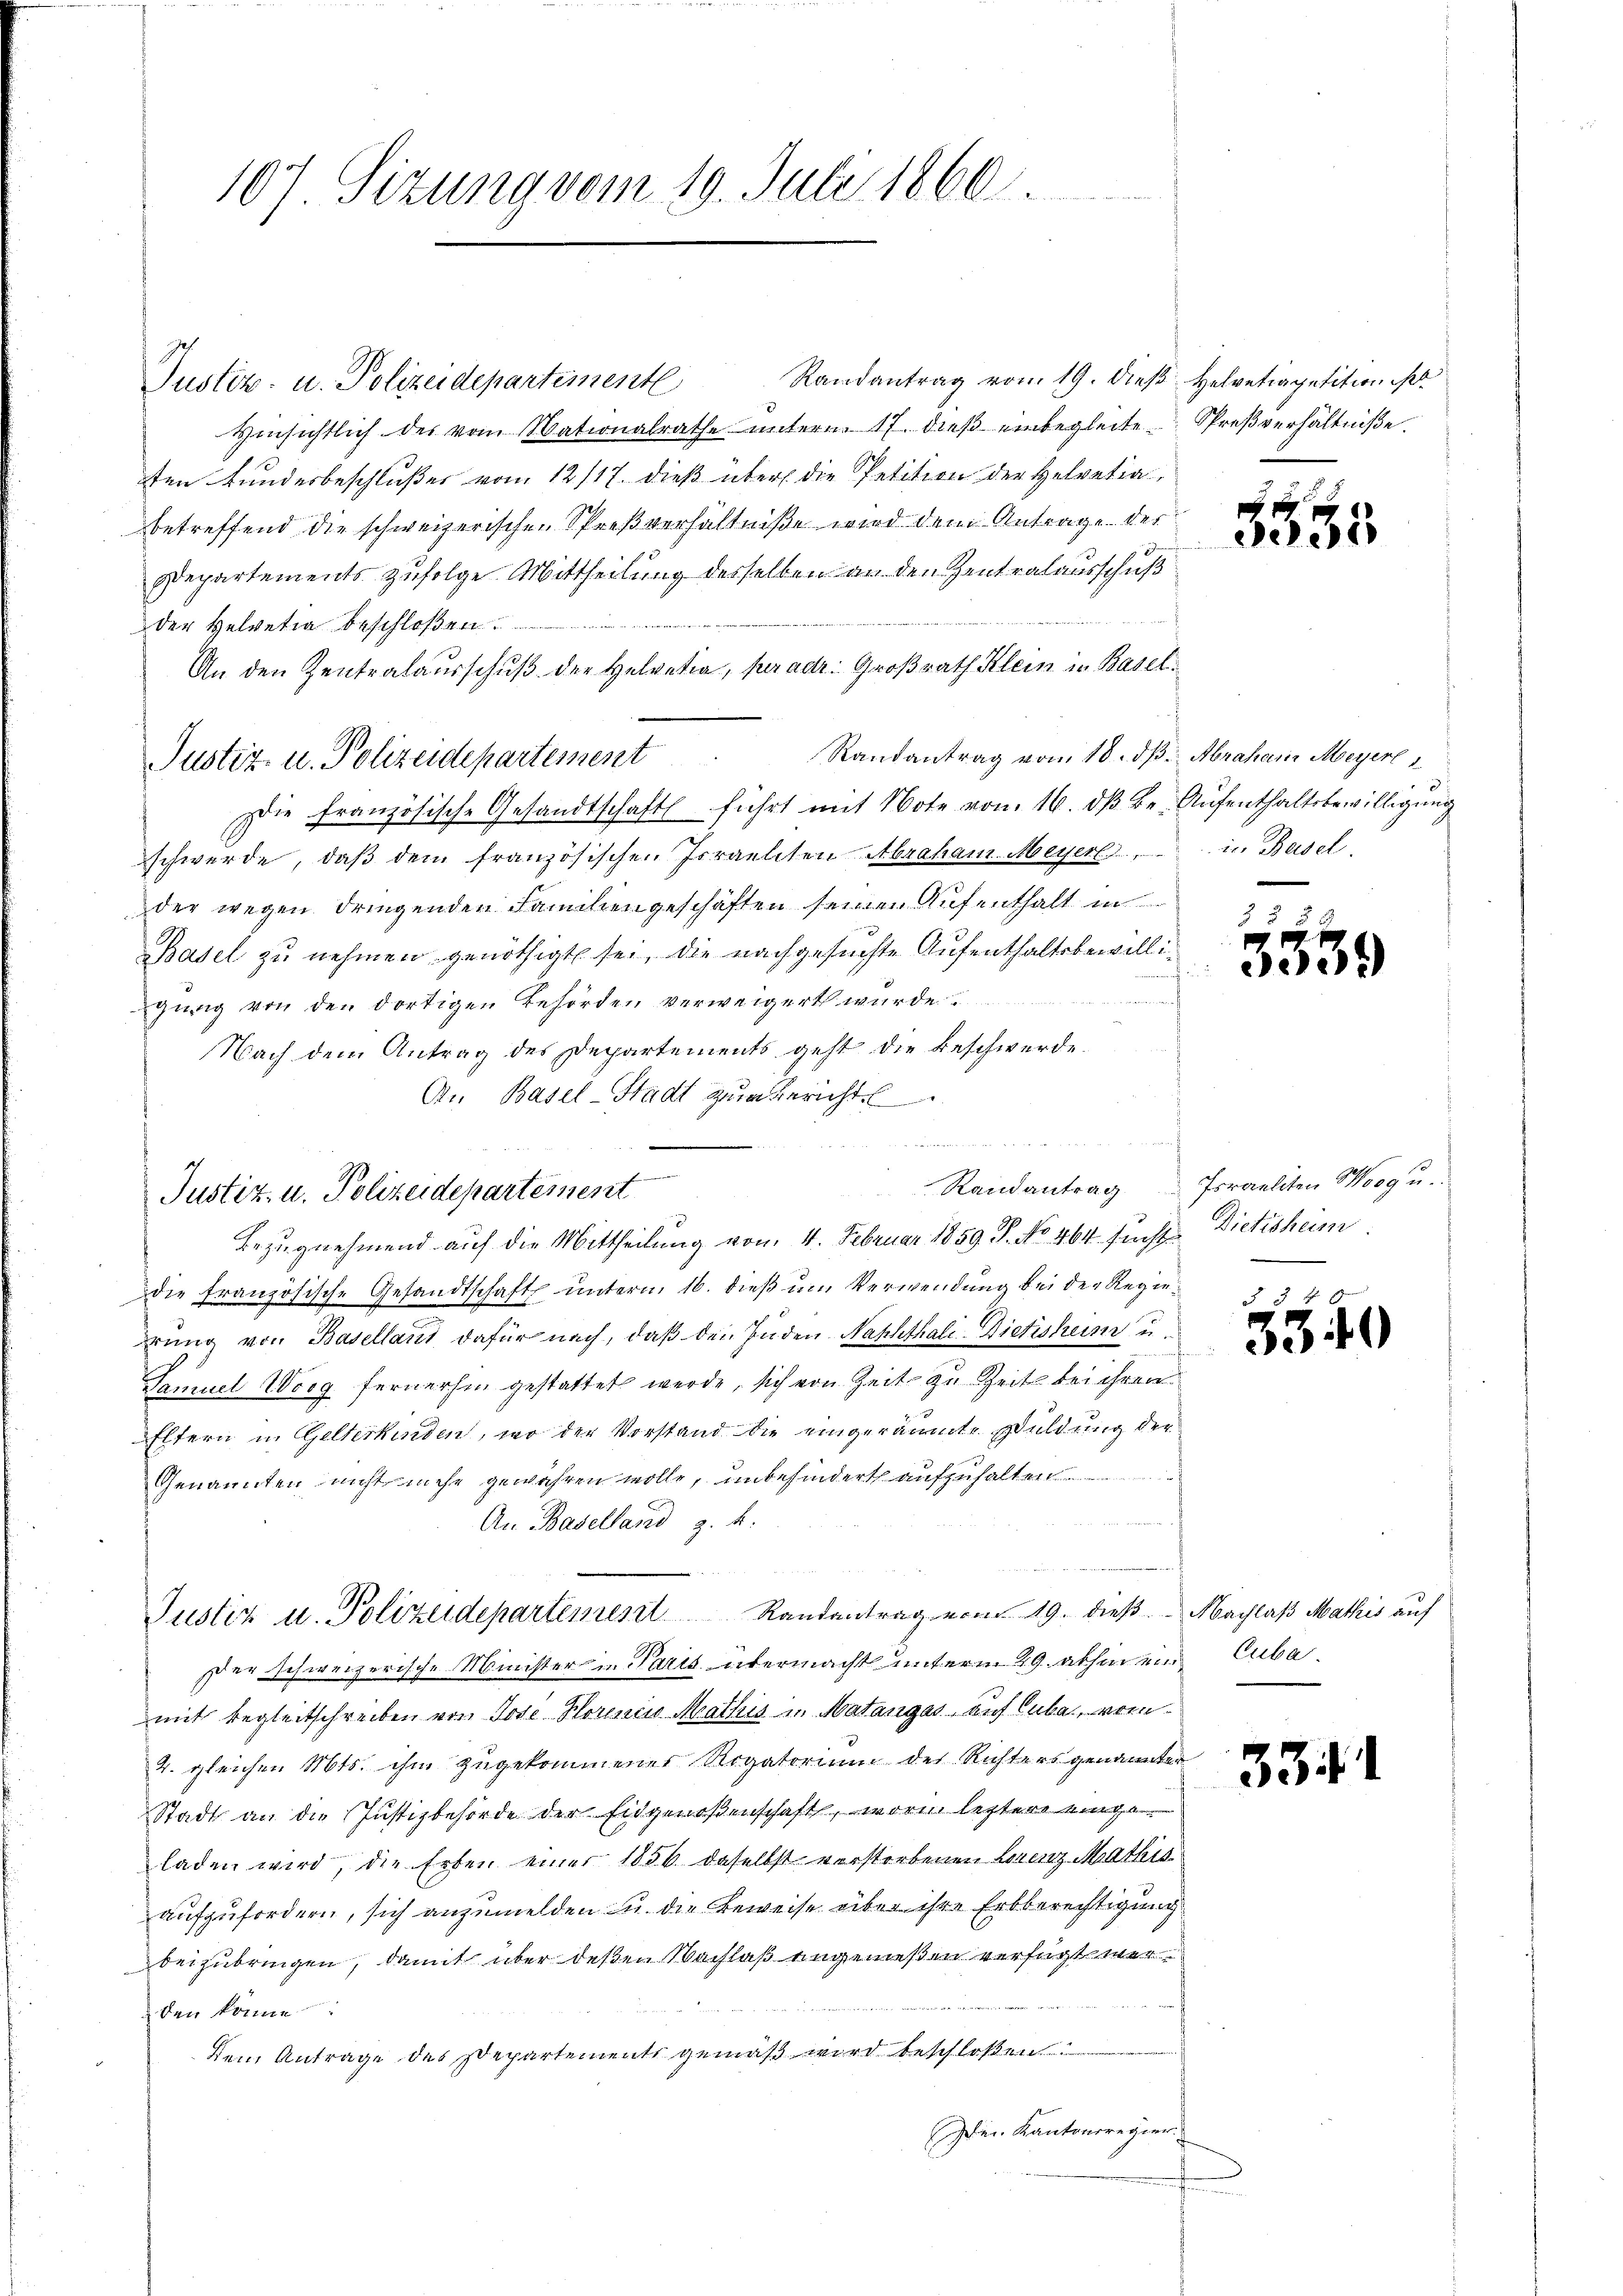
107 Sizung vom 19. Juli 1860.

Randantrag vom 19. dieß Helvetiapetition
Hinsichtlich des vom Nationalrathe ŭntern 17. dieβ einbegleite Spreβverhältniße.
ten Bundesbeschlußes vom 12/17. dieß über die Petition der Helvetia,
betreffend die schweizerischen Spreßverhältniße wird dem Antrage der
Departements zufolge Mittheilung desselben an den Zentralausschuß
der Helvetia beschloßen
An den Zentratausschuß der Helvetia, sur adr. Großrath Klein in Basel¬
Justiz- u. Polizeidepartement Randantrag vom 18. dβ. Abraham Meyerl
Die französisch-Gesandtschaft führt mit Note vom 16. dβ be. Aŭfenthaltsbewilligŭng
schwerde, daß dem französischen Israeliten Abraham-Meyerl, in Basel
der wegen dringenden Familiengeschäften seinen Aufenthalt in
Basel zu nehmen genöthigt sei, die nachgesuchte Aufenthaltsbewilligung von den dortigen Behörden verweigert wurde.
Nach dem Antrag des Departements geht die Beschwerde.
An Basel-Stadt zum Bericht
Bezugnehmend auf die Mittheilung von 4. Februar 1859. P. No 464. Fuchs Dietisheim
die französische Gesandtschaft unterm 16. dieß um Verwendung bei der Regiedrung von Basellant dafür nach, daß den Enden Nachthali-Dietishum u.
Samuel Woeg fernerhin gestattet werde, sich von Zeit zu Zeit bei ihren
Eltern in Gelterkinden, wo der Vorstand die eingeräumte Duldung der
Genannten nicht mehr gewähren wolle, unbehindert aufzuhalten
An Baselland z. B.
Justiz u. Polizeidepartement Randantrag vom 19. dieß Nachlaß Mathis auf
Der schweizerische Minister in Paris übermacht unterm 29. abhin ein Cuba
mit Begleitschreiben von Jose Poresia Mathis in Matangas, auf Cuba, vom
2. gleichen Mts. ihm zugekommener Rogatorium der Richters genannter
Stadt an die Justizbehörde der Eigenoßenschaft, worin letzter einge
laden wird, die Erben einer 1856 daselbst verstorbenen Lorenz-Mathis
aufzufordern, sich anzumelden u. die Beweise über ihre Erbberechtigung
beizubringen, damit über deßen Nachlaß angemeßen verfügt werden könne
Dem Antrage des Departements gemäß wird beschloßen
Der Kantonsregier.

Justiz- u. Polizeidepartemente

Justiz- u. Polizeidepartement

en

555

539

Randantrag Israeliten Weg u.

u
340

334